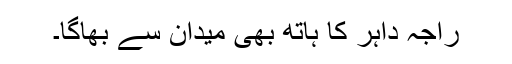
راجہ داہر کا ہاتھ بھی میدان سے بھاگا۔